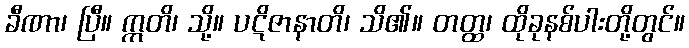
ခီဏာ၊ ပြီ။ ဣတိ၊ သို့။ ပဋိဇာနာတိ၊ သိ၏။ တတ္ထ၊ ထိုခုနစ်ပါးတို့တွင်။